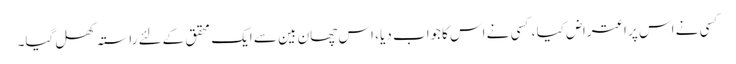
کسی نے اس پر اعتراض کیا ، کسی نے اس کاجواب دیا ، اس چھان بین سے ایک محقق کےلئے راستہ کھل گیا۔